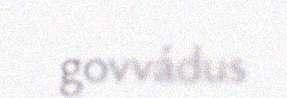
govvádus